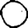
Digit: 0